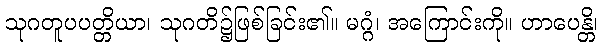
သုဂတူပပတ္တိယာ၊ သုဂတိ၌ဖြစ်ခြင်း၏။ မဂ္ဂံ၊ အကြောင်းကို။ ဟာပေန္တိ၊